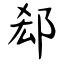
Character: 郄